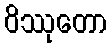
ဝိဿုတော